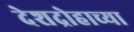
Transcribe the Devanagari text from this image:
देशद्रोहाच्या